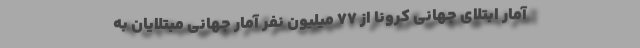
آمار ابتلای جهانی کرونا از ۷۷ میلیون نفر آمار جهانیِ مبتلایان به